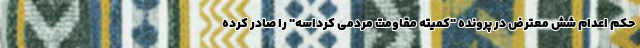
حکم اعدام شش معترض در پرونده "کمیته مقاومت مردمی کرداسه" را صادر کرده